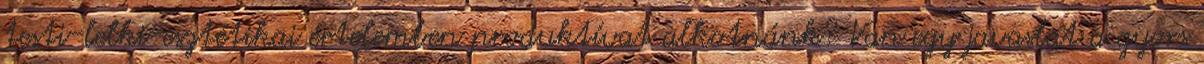
testi-lelki-esztétikai értelemben produktívat alkotnánk? Van egy javaslat a gyors